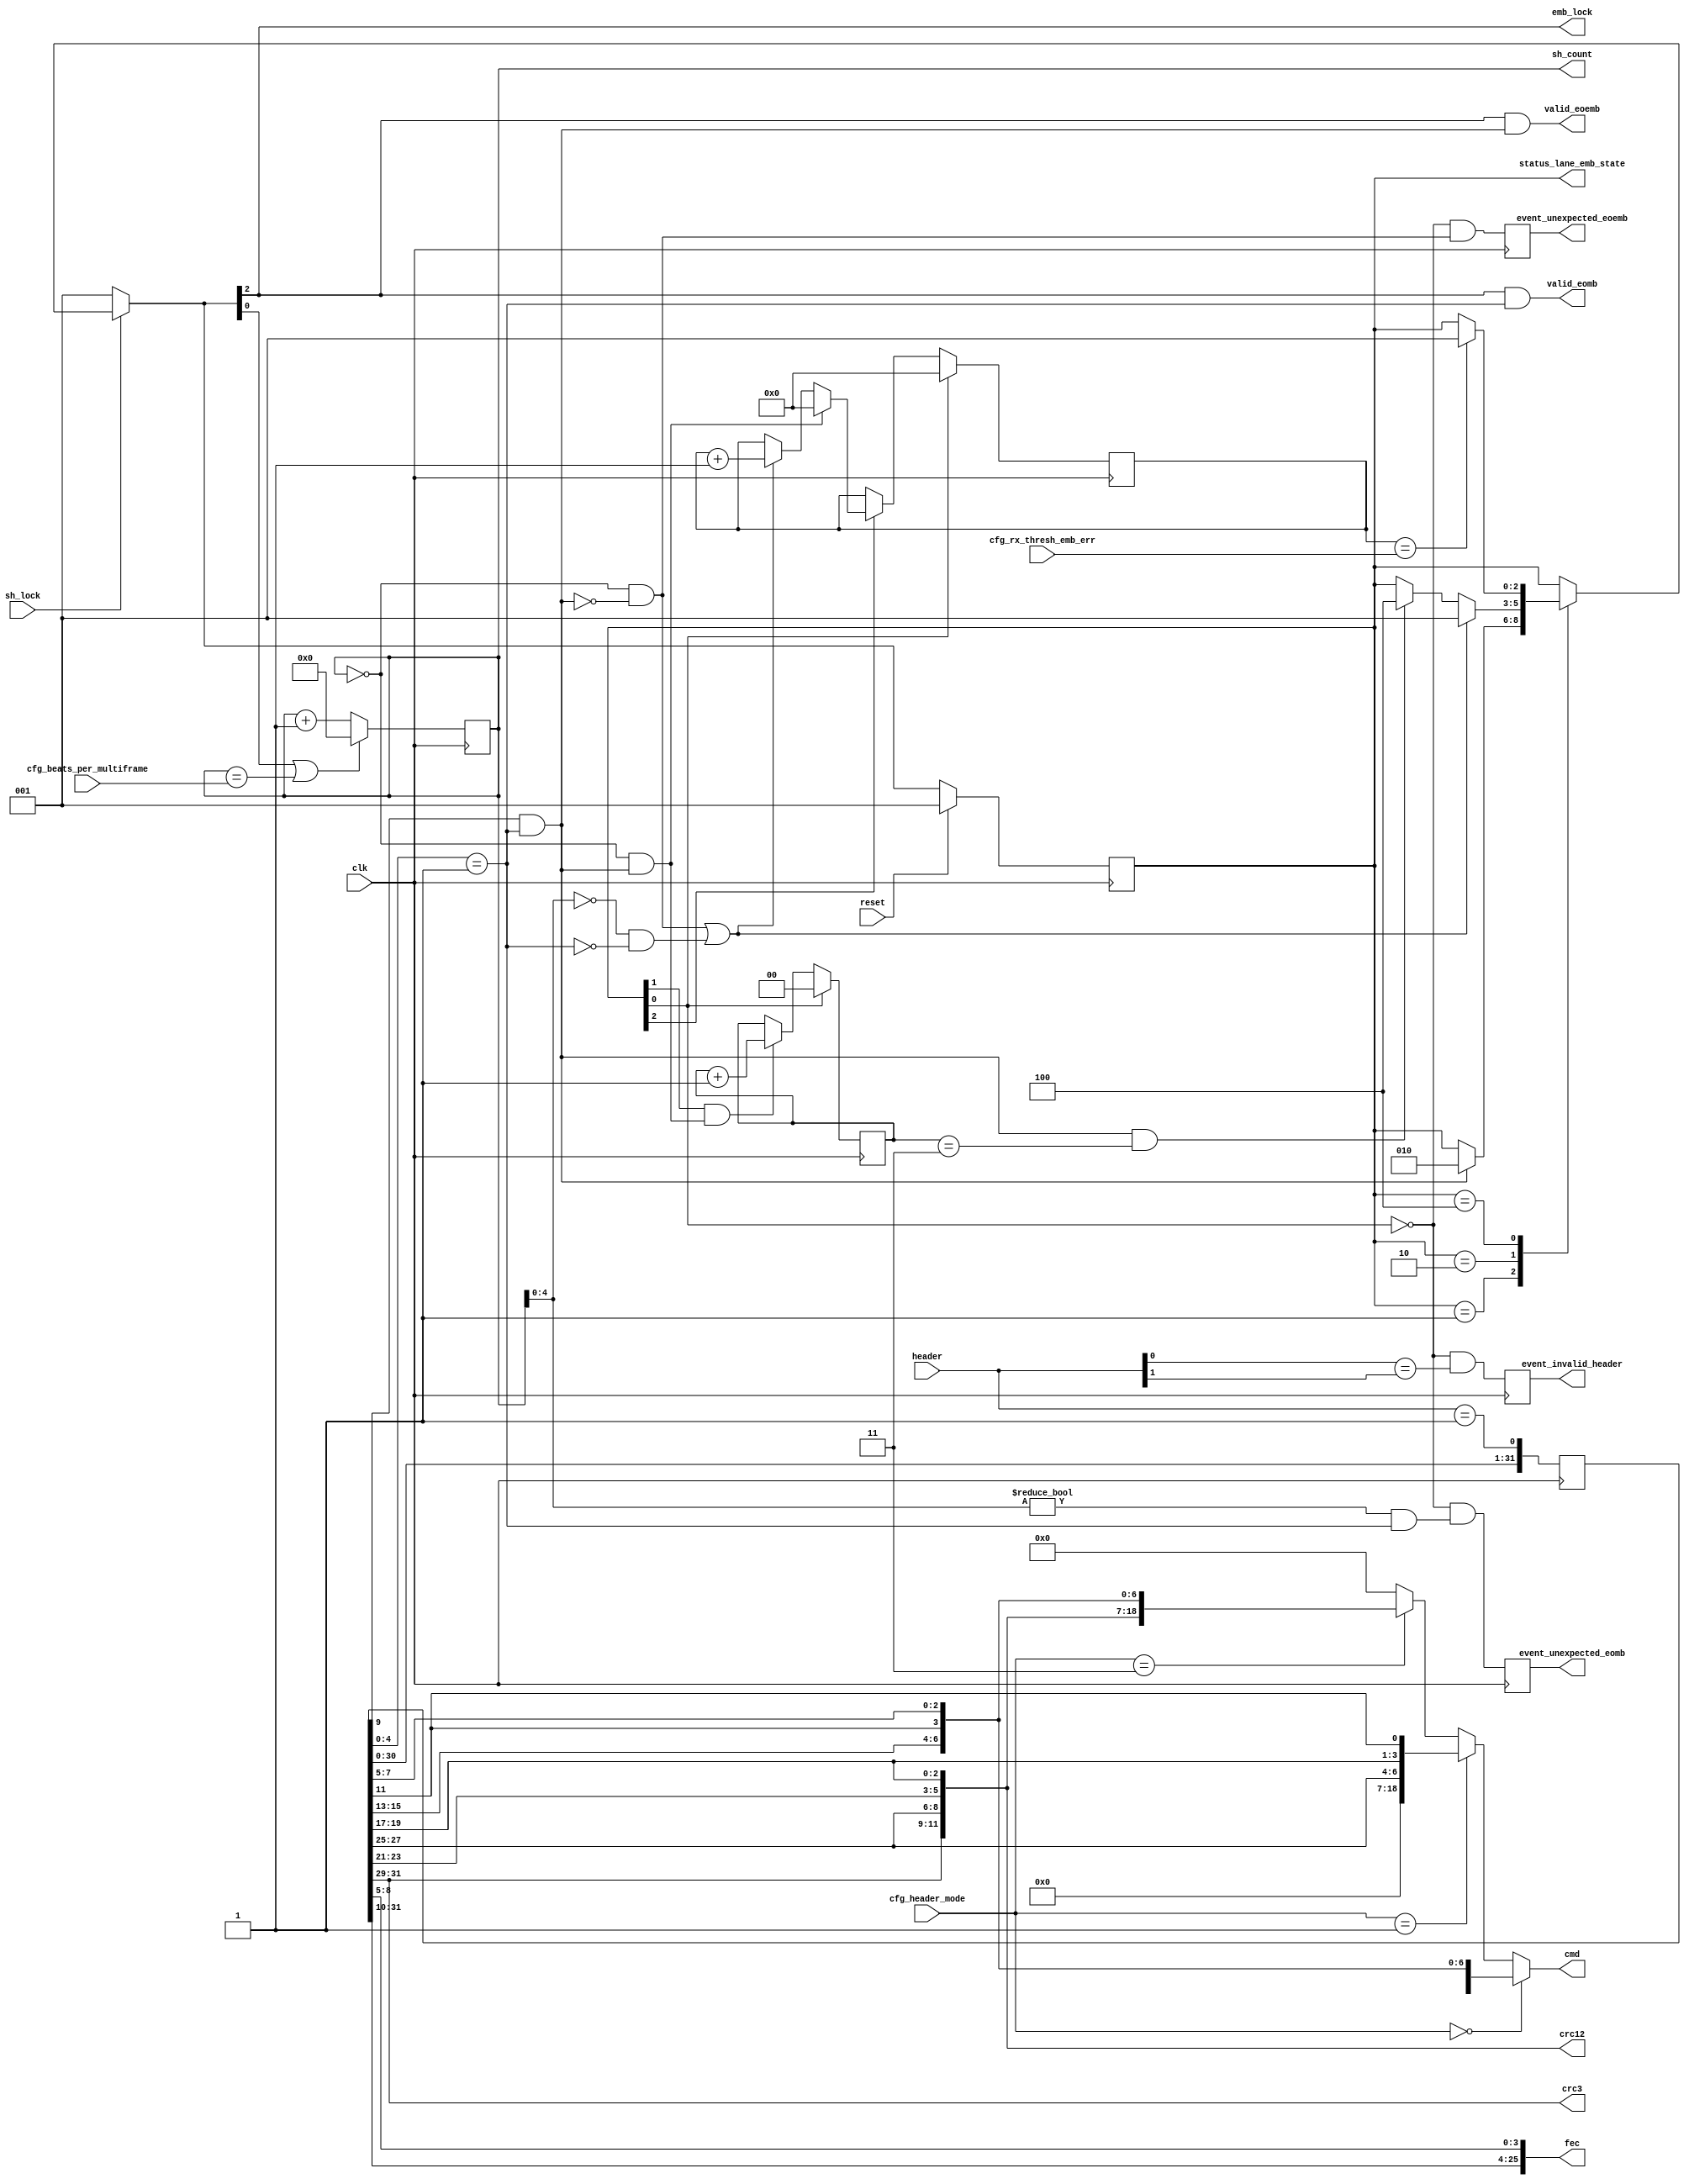
// ***************************************************************************
// ***************************************************************************
// Copyright (C) 2020, 2022 Analog Devices, Inc. All rights reserved.
// SPDX short identifier: ADIJESD204
// ***************************************************************************
// ***************************************************************************

`timescale 1ns/100ps

module jesd204_rx_header (
  input clk,
  input reset,

  input sh_lock,
  input [1:0] header,

  input [1:0] cfg_header_mode,  // 0 - CRC12 ; 1 - CRC3; 2 - FEC; 3 - CMD
  input [4:0] cfg_rx_thresh_emb_err,
  input [7:0] cfg_beats_per_multiframe,

  output emb_lock,

  output valid_eomb,
  output valid_eoemb,
  // Received header data qualified by valid_eomb
  output [11:0] crc12,
  output [2:0] crc3,
  output [25:0] fec,
  output [18:0] cmd,
  output reg [7:0] sh_count = 'h0,

  output [2:0] status_lane_emb_state,
  output reg event_invalid_header,
  output reg event_unexpected_eomb,
  output reg event_unexpected_eoemb
);

  localparam STATE_EMB_INIT = 3'b001;
  localparam STATE_EMB_HUNT = 3'b010;
  localparam STATE_EMB_LOCK = 3'b100;

  localparam BIT_EMB_INIT = 0;
  localparam BIT_EMB_HUNT = 1;
  localparam BIT_EMB_LOCK = 2;

  reg [2:0] state = STATE_EMB_INIT;
  reg [2:0] next_state;

  reg [31:0] sync_word = 'h0;

  wire header_bit;
  wire invalid_sequence;
  wire invalid_eoemb;
  wire invalid_eomb;
  wire [6:0] cmd0;
  wire [6:0] cmd1;
  wire [18:0] cmd3;
  wire eoemb;
  wire eomb;

  assign header_bit = header == 2'b01;

  always @(posedge clk) begin
    sync_word <= {sync_word[30:0],header_bit};
  end

  assign crc12 = {sync_word[31:29],sync_word[27:25],
                  sync_word[23:21],sync_word[19:17]};
  assign crc3 = {sync_word[31:29]};
  assign cmd0 = {sync_word[15:13],sync_word[11],
                 sync_word[7:5]};
  assign cmd1 = {sync_word[27:25],
                 sync_word[19:17],
                 sync_word[11]};
  assign cmd3 = {sync_word[31:29],sync_word[27:25],
                 sync_word[23:21],sync_word[19:17],
                 sync_word[15:13],sync_word[11],
                 sync_word[7:5]};

  assign cmd = cfg_header_mode == 0 ? {12'b0,cmd0} :
               cfg_header_mode == 1 ? {12'b0,cmd1} :
               cfg_header_mode == 3 ? cmd3 : 'b0;

  assign fec = {sync_word[31:10],sync_word[8:5]};

  assign eomb  = sync_word[4:0] == 5'b00001;
  assign eoemb = sync_word[9] & eomb;

  always @(posedge clk) begin
    if (next_state[BIT_EMB_INIT] || sh_count == cfg_beats_per_multiframe) begin
      sh_count <= 'h0;
    end else begin
      sh_count <= sh_count + 8'b1;
    end
  end

  reg [1:0] emb_vcount = 'b0;
  always @(posedge clk) begin
    if (state[BIT_EMB_INIT]) begin
      emb_vcount <= 'b0;
    end else if (state[BIT_EMB_HUNT] && (sh_count == 0 && eoemb)) begin
      emb_vcount <= emb_vcount + 'b1;
    end
  end

  reg [4:0] emb_icount = 'b0;
  always @(posedge clk) begin
    if (state[BIT_EMB_INIT]) begin
      emb_icount <= 'b0;
    end else if (state[BIT_EMB_LOCK]) begin
      if (sh_count == 0 && eoemb) begin
        emb_icount <= 'b0;
      end else if (invalid_eoemb || invalid_eomb) begin
        emb_icount <= emb_icount + 5'b1;
      end
    end
  end

  always @(*) begin
    next_state = state;
    case (state)
      STATE_EMB_INIT:
        if (eoemb) begin
          next_state = STATE_EMB_HUNT;
        end
      STATE_EMB_HUNT:
        if (invalid_sequence) begin
          next_state = STATE_EMB_INIT;
        end else if (eoemb && emb_vcount == 2'd3) begin
          next_state = STATE_EMB_LOCK;
        end
      STATE_EMB_LOCK:
        if (emb_icount == cfg_rx_thresh_emb_err) begin
          next_state = STATE_EMB_INIT;
        end
    endcase
    if (sh_lock == 1'b0) next_state = STATE_EMB_INIT;
  end

  assign invalid_eoemb = (sh_count == 0 && ~eoemb);
  assign invalid_eomb = (sh_count[4:0] == 0 && ~eomb);
  assign valid_eomb = next_state[BIT_EMB_LOCK] && eomb;
  assign valid_eoemb = next_state[BIT_EMB_LOCK] && eoemb;

  assign invalid_sequence = (invalid_eoemb || invalid_eomb);

  always @(posedge clk) begin
    if (reset == 1'b1) begin
      state <= STATE_EMB_INIT;
    end else begin
      state <= next_state;
    end
  end

  assign emb_lock = next_state[BIT_EMB_LOCK];

  // Status & error events
  assign status_lane_emb_state = state;

  always @(posedge clk) begin
    event_invalid_header <= (~state[BIT_EMB_INIT]) && (header[0] == header[1]);
    event_unexpected_eomb <= (~state[BIT_EMB_INIT]) && (sh_count[4:0] != 0 && eomb);
    event_unexpected_eoemb <= (~state[BIT_EMB_INIT]) && invalid_eoemb;
  end

endmodule